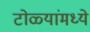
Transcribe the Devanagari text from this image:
टोळ्यांमध्ये